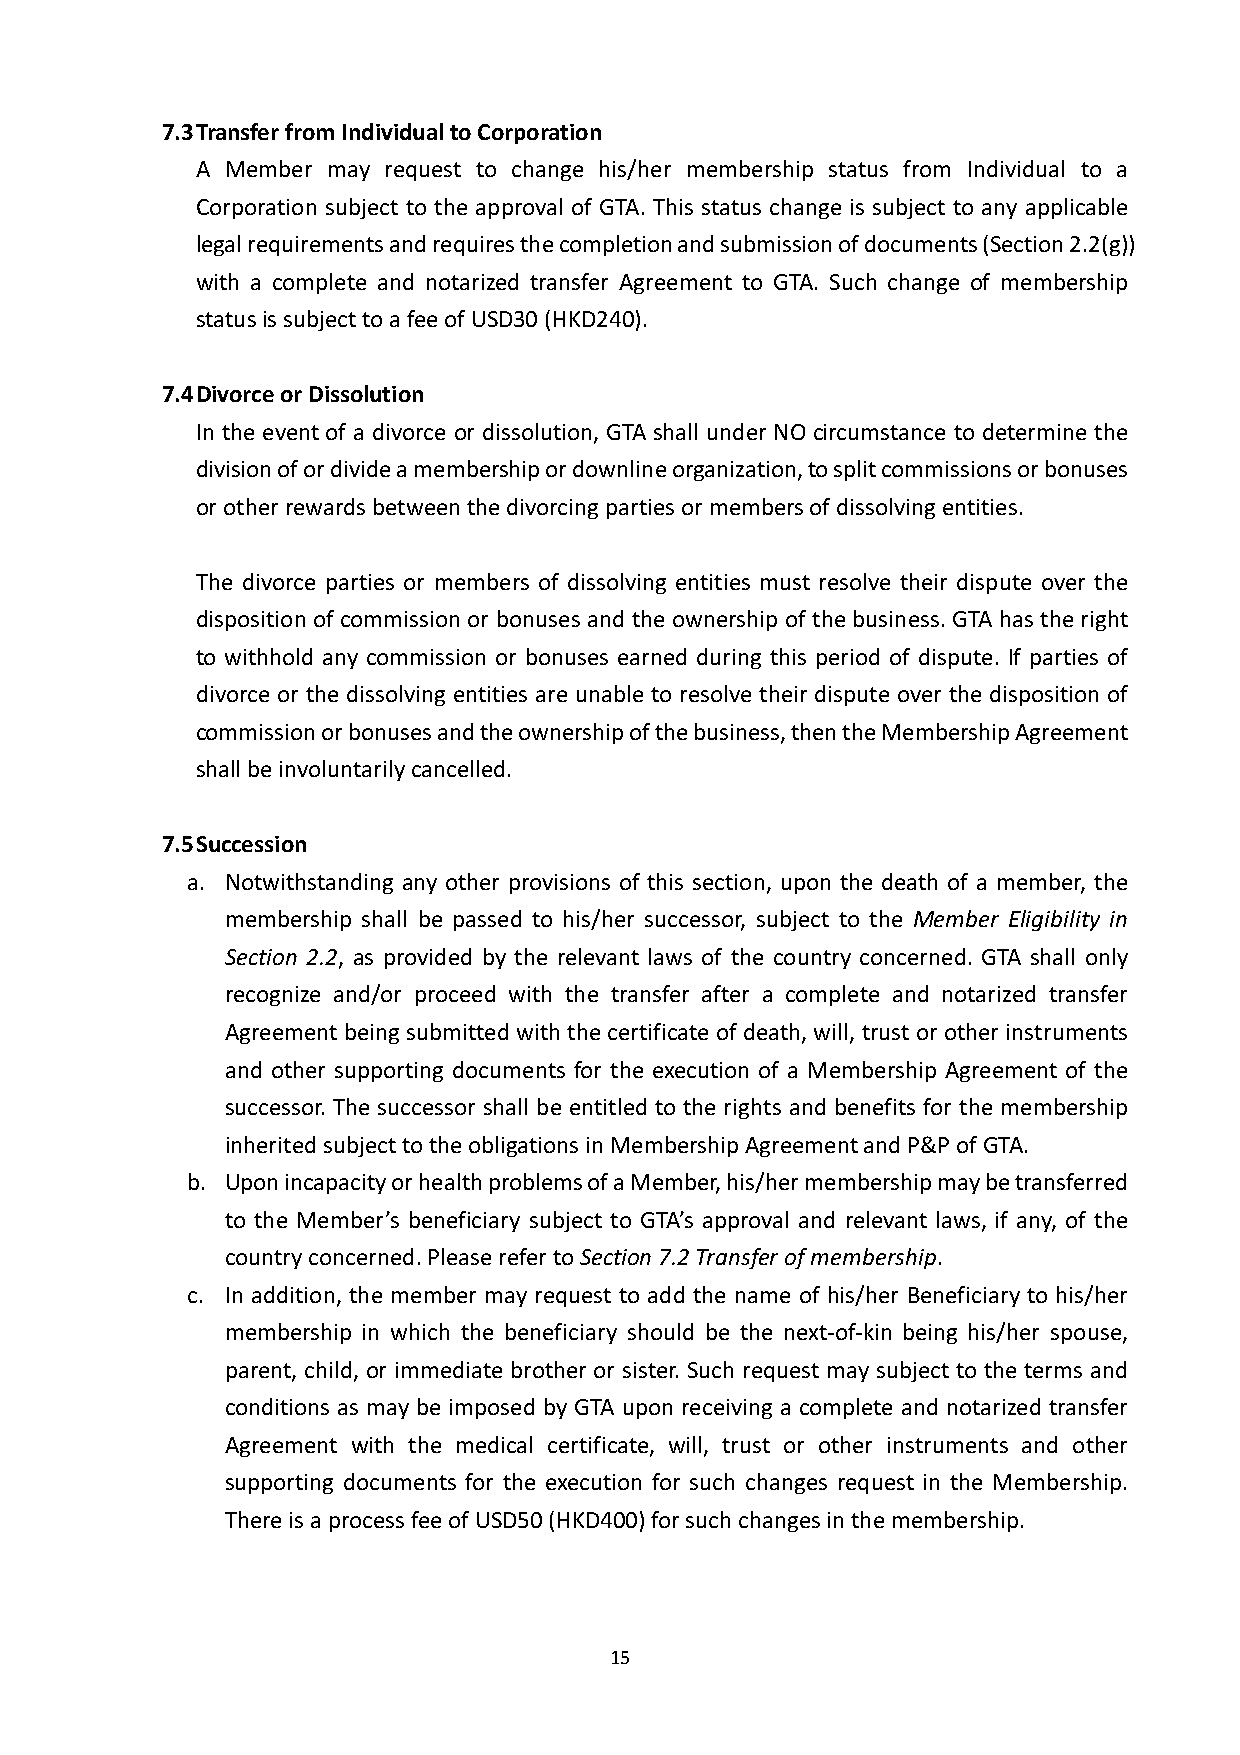
7.3 Transfer from Individual to Corporation
 A Member may request to change his/her membership status from Individual to a
 Corporation subject to the approval of GTA. This status change is subject to any applicable
 legal requirements and requires the completion and submission of documents (Section 2.2(g))
 with a complete and notarized transfer Agreement to GTA. Such change of membership
 status is subject to a fee of USD30 (HKD240).
 7.4 Divorce or Dissolution
 In the event of a divorce or dissolution, GTA shall under NO circumstance to determine the
 division of or divide a membership or downline organization, to split commissions or bonuses
 or other rewards between the divorcing parties or members of dissolving entities.
 The divorce parties or members of dissolving entities must resolve their dispute over the
 disposition of commission or bonuses and the ownership of the business. GTA has the right
 to withhold any commission or bonuses earned during this period of dispute. If parties of
 divorce or the dissolving entities are unable to resolve their dispute over the disposition of
 commission or bonuses and the ownership of the business, then the Membership Agreement
 shall be involuntarily cancelled.
 7.5 Succession
 a. Notwithstanding any other provisions of this section, upon the death of a member, the
 membership shall be passed to his/her successor, subject to the Member Eligibility in
 Section 2.2, as provided by the relevant laws of the country concerned. GTA shall only
 recognize and/or proceed with the transfer after a complete and notarized transfer
 Agreement being submitted with the certificate of death, will, trust or other instruments
 and other supporting documents for the execution of a Membership Agreement of the
 successor. The successor shall be entitled to the rights and benefits for the membership
 inherited subject to the obligations in Membership Agreement and P&P of GTA.
 b. Upon incapacity or health problems of a Member, his/her membership may be transferred
 to the Member’s beneficiary subject to GTA’s approval and relevant laws, if any, of the
 country concerned. Please refer to Section 7.2 Transfer of membership.
 c. In addition, the member may request to add the name of his/her Beneficiary to his/her
 membership in which the beneficiary should be the next-of-kin being his/her spouse,
 parent, child, or immediate brother or sister. Such request may subject to the terms and
 conditions as may be imposed by GTA upon receiving a complete and notarized transfer
 Agreement with the medical certificate, will, trust or other instruments and other
 supporting documents for the execution for such changes request in the Membership.
 There is a process fee of USD50 (HKD400) for such changes in the membership.
 15